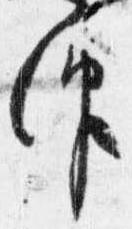
仰